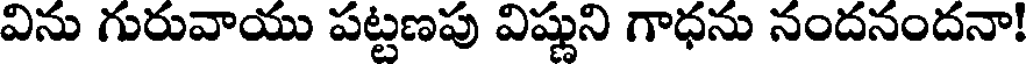
విను గురువాయు పట్టణపు విష్ణుని గాధను నందనందనా!